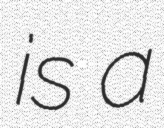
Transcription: is a